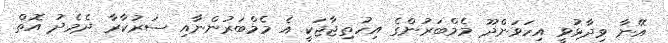
އޭނާ ވިދާޅުވީ އިހަވަންދޫ މެމްބަރުންގެ އިހުތިޖާޖަކީ އެ މެމްބަރުންނާއި ސަރުކާރާ ދެމެދު އޮތް